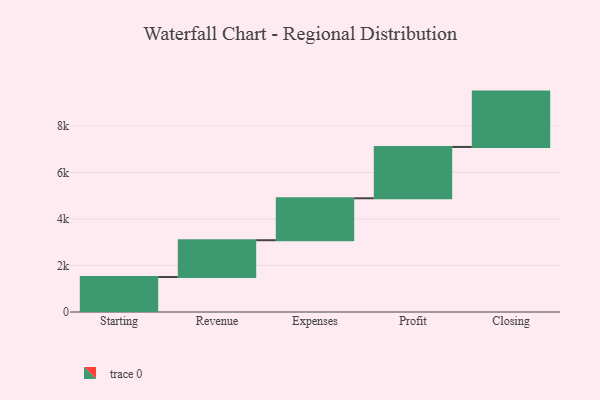
{"axis": {"x": "Step", "y": "Value"}, "legend": [""], "data": [{"x": "Starting", "y": 1503.0, "type": ""}, {"x": "Revenue", "y": 1582.0, "type": ""}, {"x": "Expenses", "y": 1803.0, "type": ""}, {"x": "Profit", "y": 2206.0, "type": ""}, {"x": "Closing", "y": 2379.0, "type": ""}]}